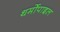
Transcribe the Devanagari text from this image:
थर्मोपाइल